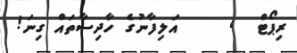
ރިޕޯޓް